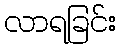
လာရခြင်း